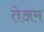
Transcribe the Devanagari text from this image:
तेअम